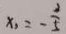
x _ { 3 } = - \frac { 3 } { 5 }